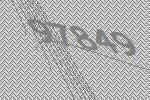
97849